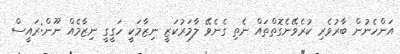
އަންހެނުން ބާރުވެރި ކުރެވޭނެގޮތްތައް ނެތި ގެނެވޭ ލާމަރުކަޒީ ނިޒާމަކީ ހަގީގީ ނިޒާމެއް ނޫން:ރައީސް